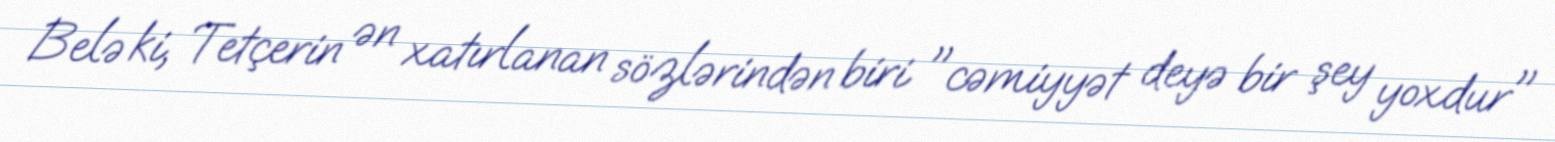
Belə ki, Tetçerin ən xatırlanan sözlərindən biri "cəmiyyət deyə bir şey yoxdur"